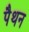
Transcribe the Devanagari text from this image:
पैथन